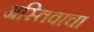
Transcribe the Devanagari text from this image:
अस्तिवाचा